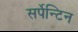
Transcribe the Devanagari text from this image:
सर्पेन्टिन